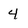
Character: 4